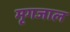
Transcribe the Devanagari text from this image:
मृगजाल